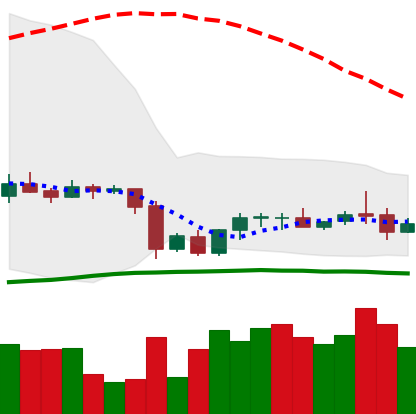
Ticker: LTC-USD
Chart end date: 2020-10-03
Forward return: 3.591%
Label: up_3_5